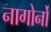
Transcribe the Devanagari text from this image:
नागोर्नो